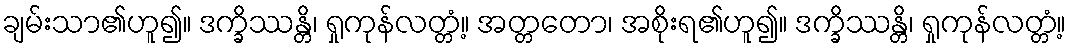
ချမ်းသာ၏ဟူ၍။ ဒက္ခိဿန္တိ၊ ရှုကုန်လတ္တံ့။ အတ္တတော၊ အစိုးရ၏ဟူ၍။ ဒက္ခိဿန္တိ၊ ရှုကုန်လတ္တံ့။